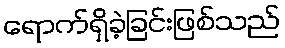
ရောက်ရှိခဲ့ခြင်းဖြစ်သည်